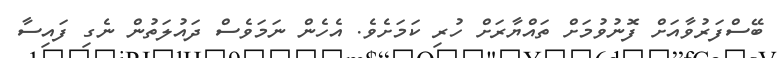
ބޭސްފަރުވާއަށް ފޮނުވުމަށް ތައްޔާރަށް ހުރި ކަމަށެވެ. އެހެން ނަމަވެސް ދައުލަތުން ނެގި ފައިސާ